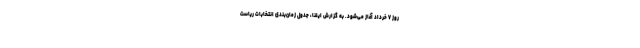
روز ۷ خرداد آغاز می‌شود. به گزارش ایلنا، جدول زمان‌بندی انتخابات ریاست